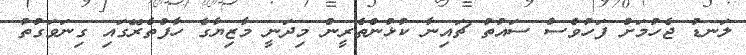
ލަނޑު ޖެހުމަށް ފަހުވެސް ސައުތު ޗައިނާ ކުޅުންތެރީން މިދަނީ މާޒިޔާގެ ހާފްތެރޭގައި ގިނަވަގުތު